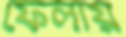
ফেলায়